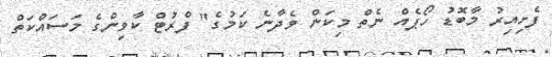
ފެށިއިރު މާބޮޑު ހޯޕެއް ނެތް މިކަން ވެދާނެ ކަމުގެ" ފްރުޓް ކާވިންގެ މަސައްކަތް